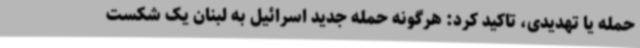
حمله یا تهدیدی، تاکید کرد: هرگونه حمله جدید اسرائیل به لبنان یک شکست